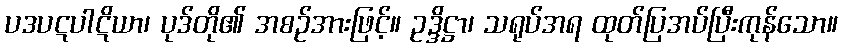
ပဒပဋပါဋိယာ၊ ပုဒ်တို၏ အစဉ်အားဖြင့်။ ဥဒ္ဒိဋ္ဌာ၊ သရုပ်အရ ထုတ်ပြအပ်ပြီးကုန်သော။